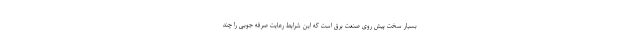
بسیار سخت پیش روی صنعت برق است که این شرایط رعایت صرفه جویی را چند